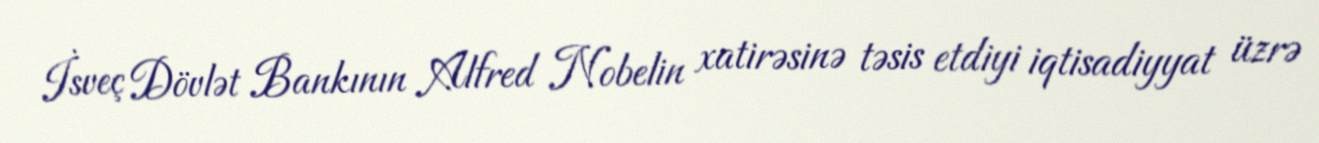
İsveç Dövlət Bankının Alfred Nobelin xatirəsinə təsis etdiyi iqtisadiyyat üzrə